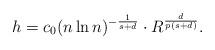
LaTeX: \begin{align*}h = c_0(n\ln n)^{-\frac{1}{s+d}}\cdot R^{\frac{d}{p(s+d)}}. \end{align*}